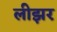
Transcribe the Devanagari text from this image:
लीझर